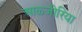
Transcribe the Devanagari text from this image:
आळ्जीरिया